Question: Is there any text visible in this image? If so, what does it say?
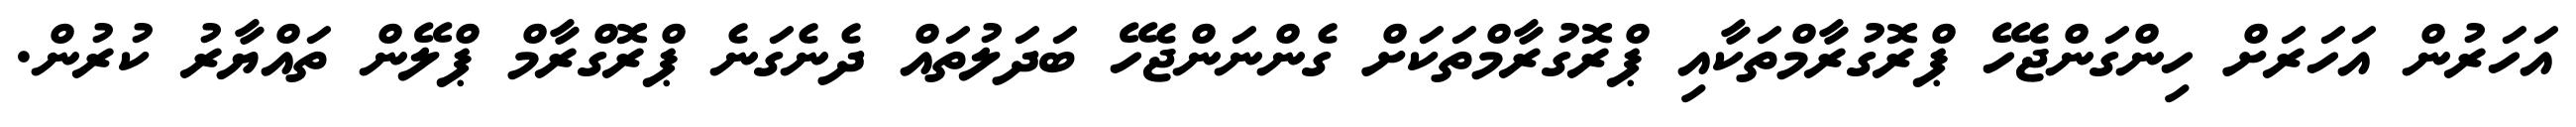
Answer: އަހަރުން އަހަރަށް ހިންގަންޖެހޭ ޕްރޮގުރާމްތަކާއި ޕްރޮގުރާމްތަކަށް ގެންނަންޖެހޭ ބަދަލުތައް ދެނެގަނެ ޕްރޮގްރާމް ޕްލޭން ތައްޔާރު ކުރުން.